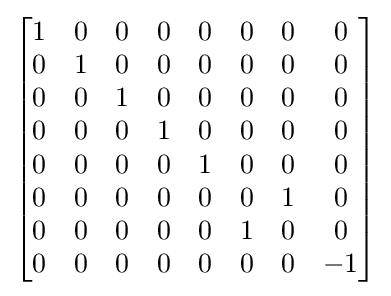
{\begin{bmatrix}1&0&0&0&0&0&0&0\\0&1&0&0&0&0&0&0\\0&0&1&0&0&0&0&0\\0&0&0&1&0&0&0&0\\0&0&0&0&1&0&0&0\\0&0&0&0&0&0&1&0\\0&0&0&0&0&1&0&0\\0&0&0&0&0&0&0&-1\\\end{bmatrix}}